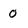
Character: 0